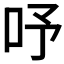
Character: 𠰄